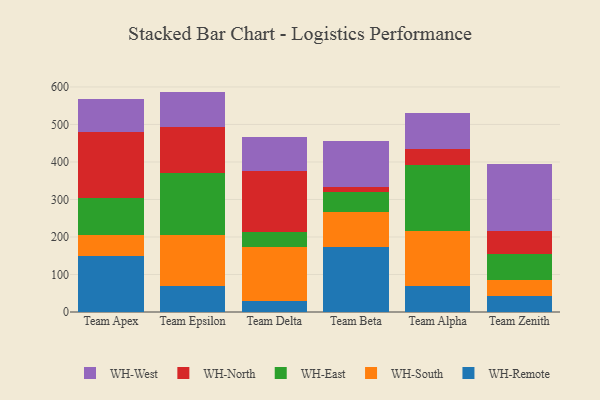
{"axis": {"x": "Team", "y": "Revenue (USD Million)"}, "legend": ["WH-East", "WH-North", "WH-Remote", "WH-South", "WH-West"], "data": [{"x": "Team Apex", "y": 148.2, "type": "WH-Remote"}, {"x": "Team Apex", "y": 57.5, "type": "WH-South"}, {"x": "Team Apex", "y": 98.2, "type": "WH-East"}, {"x": "Team Apex", "y": 175.4, "type": "WH-North"}, {"x": "Team Apex", "y": 89.6, "type": "WH-West"}, {"x": "Team Epsilon", "y": 69.8, "type": "WH-Remote"}, {"x": "Team Epsilon", "y": 136.3, "type": "WH-South"}, {"x": "Team Epsilon", "y": 163.9, "type": "WH-East"}, {"x": "Team Epsilon", "y": 124.4, "type": "WH-North"}, {"x": "Team Epsilon", "y": 93.2, "type": "WH-West"}, {"x": "Team Delta", "y": 28.9, "type": "WH-Remote"}, {"x": "Team Delta", "y": 143.3, "type": "WH-South"}, {"x": "Team Delta", "y": 41.2, "type": "WH-East"}, {"x": "Team Delta", "y": 163.1, "type": "WH-North"}, {"x": "Team Delta", "y": 90.4, "type": "WH-West"}, {"x": "Team Beta", "y": 174.4, "type": "WH-Remote"}, {"x": "Team Beta", "y": 91.5, "type": "WH-South"}, {"x": "Team Beta", "y": 53.6, "type": "WH-East"}, {"x": "Team Beta", "y": 12.7, "type": "WH-North"}, {"x": "Team Beta", "y": 123.1, "type": "WH-West"}, {"x": "Team Alpha", "y": 69.4, "type": "WH-Remote"}, {"x": "Team Alpha", "y": 147.1, "type": "WH-South"}, {"x": "Team Alpha", "y": 176.5, "type": "WH-East"}, {"x": "Team Alpha", "y": 40.3, "type": "WH-North"}, {"x": "Team Alpha", "y": 96.6, "type": "WH-West"}, {"x": "Team Zenith", "y": 43.2, "type": "WH-Remote"}, {"x": "Team Zenith", "y": 41.2, "type": "WH-South"}, {"x": "Team Zenith", "y": 70.7, "type": "WH-East"}, {"x": "Team Zenith", "y": 59.6, "type": "WH-North"}, {"x": "Team Zenith", "y": 179.3, "type": "WH-West"}]}